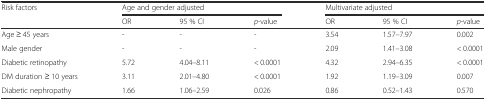
| Risk factors | <COLSPAN=3> Age and gender adjusted | <COLSPAN=3> Multivariate adjusted |
 |  | OR | 95 % CI | p-value | OR | 95 % CI | p-value |
 | --- | --- | --- | --- | --- | --- | --- |
 | Age ≥ 45 years | - | - | - | 3.54 | 1.57–7.97 | 0.002 |
 | Male gender | - | - | - | 2.09 | 1.41–3.08 | < 0.0001 |
 | Diabetic retinopathy | 5.72 | 4.04–8.11 | < 0.0001 | 4.32 | 2.94–6.35 | < 0.0001 |
 | DM duration ≥ 10 years | 3.11 | 2.01–4.80 | < 0.0001 | 1.92 | 1.19–3.09 | 0.007 |
 | Diabetic nephropathy | 1.66 | 1.06–2.59 | 0.026 | 0.86 | 0.52–1.43 | 0.570 |